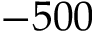
- 5 0 0